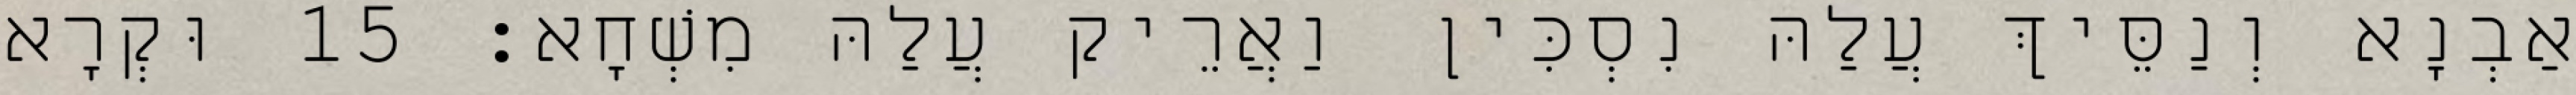
אַבְנָא וְנַסֵּיךְ עֲלַהּ נִסְכִּין וַאֲרֵיק עֲלַהּ מִשְׁחָא׃ 15 וּקְרָא